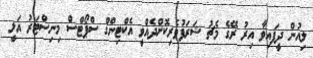
ލިއުން ދީފައިވާ އިރު ރޭގެ މެޗު ޝަރަފުވެރިކޮށްދެއްވީ އެކްޓިންގް ސްޕޯޓްސް މިނިސްޓަރު އަލީ